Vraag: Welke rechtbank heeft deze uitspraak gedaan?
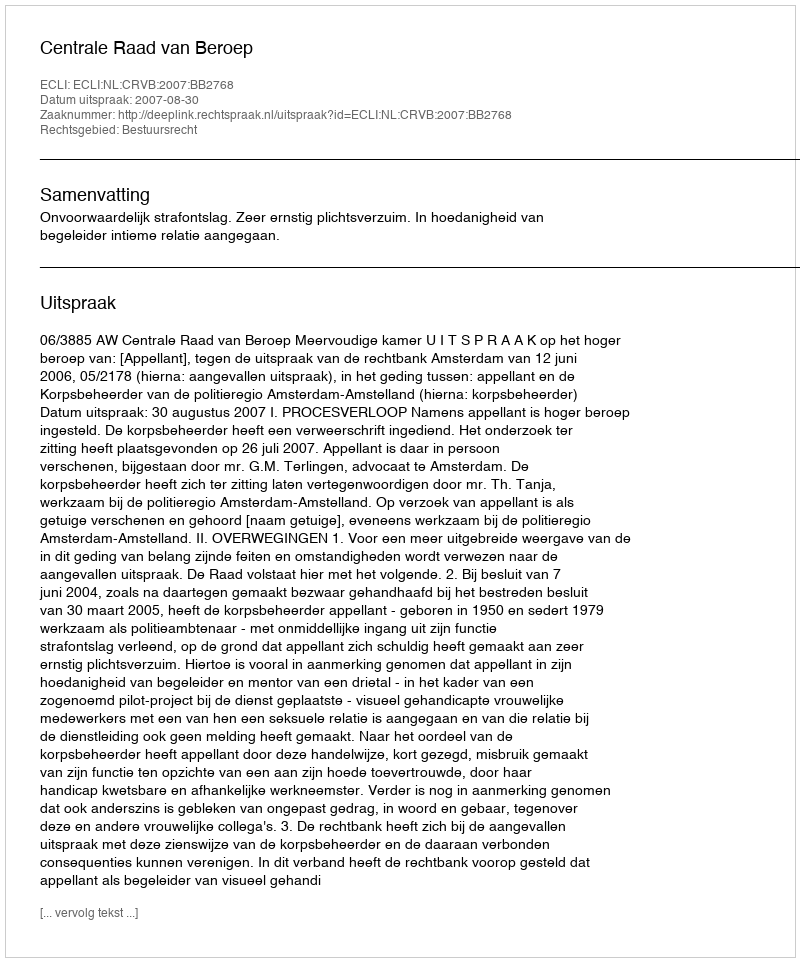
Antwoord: Centrale Raad van Beroep